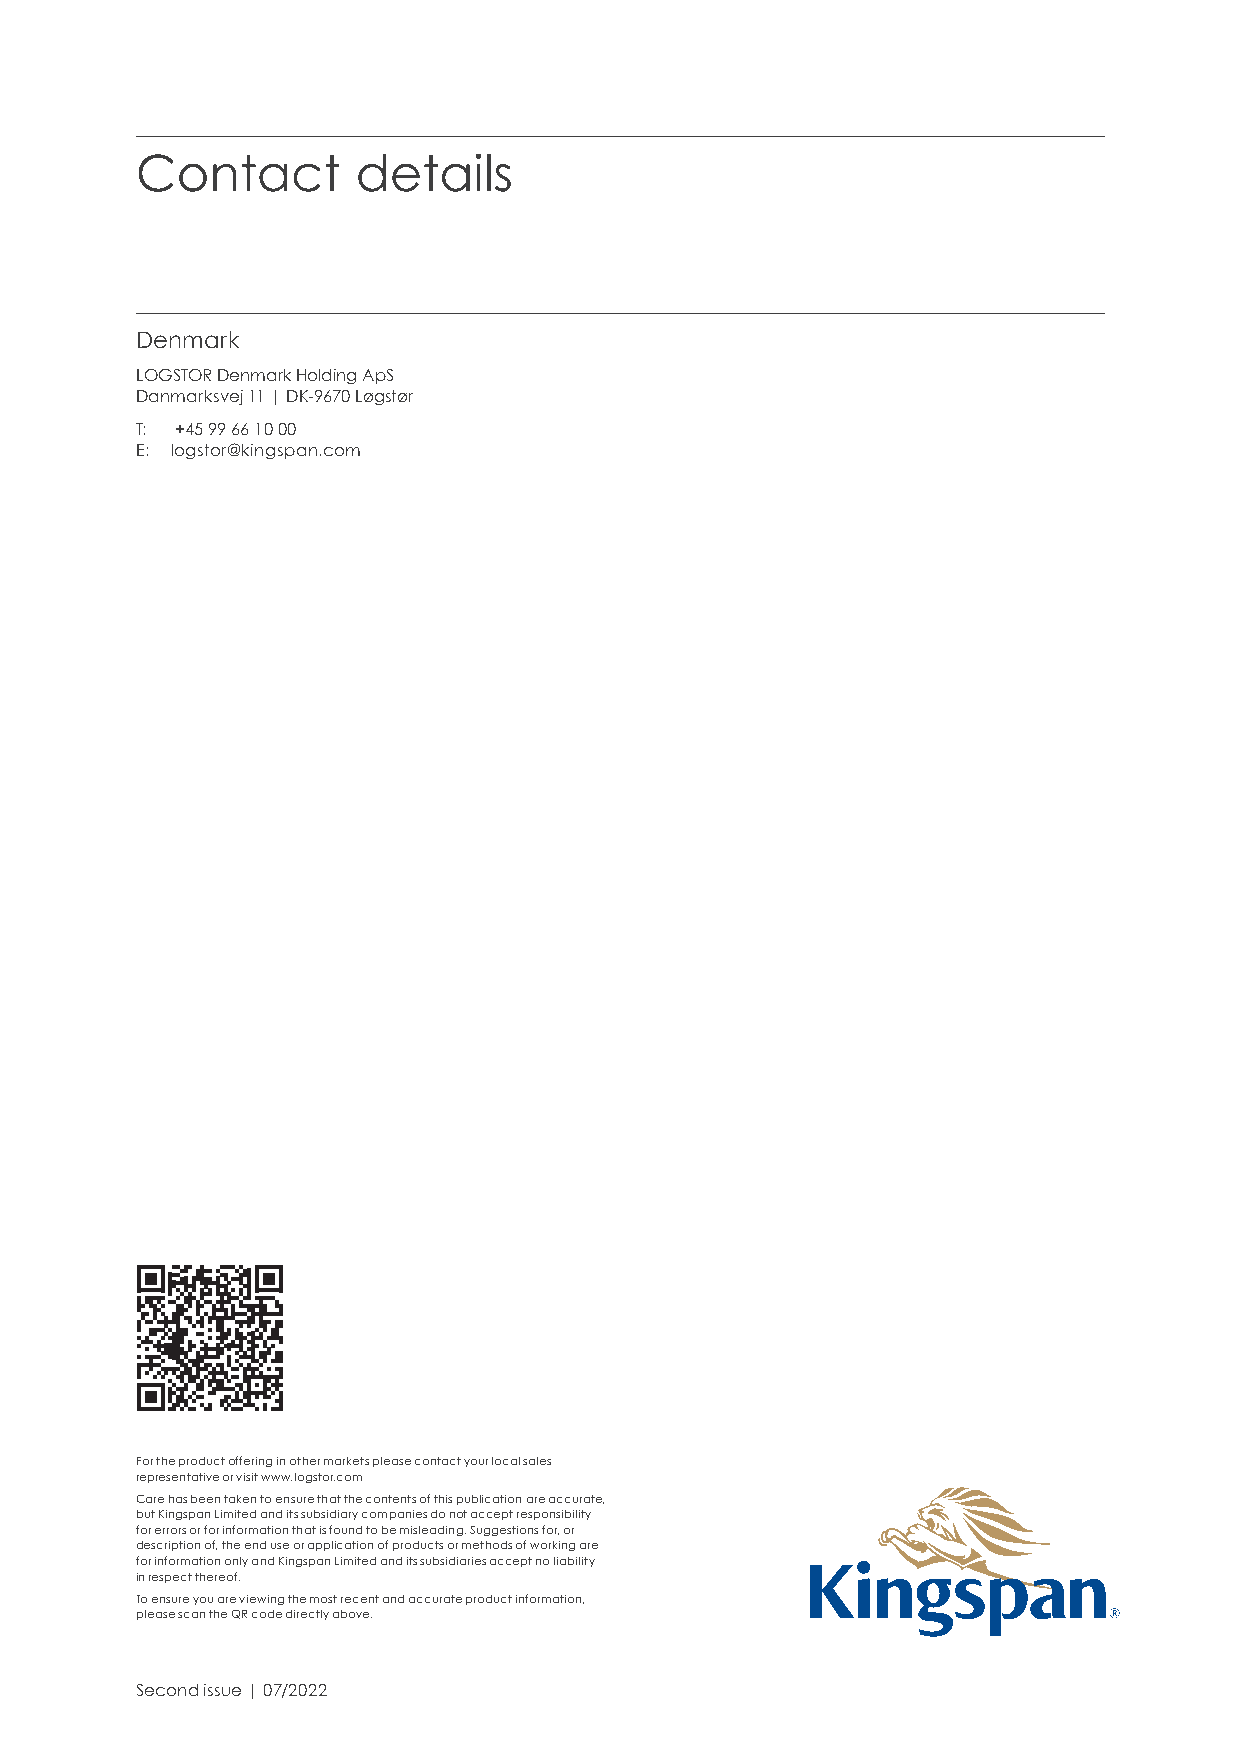
Contact        details
 Denmark
 LOGSTOR Denmark Holding ApS
 Danmarksvej 11 | DK-9670 Løgstør
 T: +45 99 66 10 00
 E: logstor@kingspan.com
 For the product offering in other markets please contact your local sales
 representative or visit www.logstor.com
 Care has been taken to ensure that the contents of this publication are accurate,
 but Kingspan Limited and its subsidiary companies do not accept responsibility
 for errors or for information that is found to be misleading. Suggestions for, or
 description of, the end use or application of products or methods of working are
 for information only and Kingspan Limited and its subsidiaries accept no liability
 in respect thereof.
 To ensure you are viewing the most recent and accurate product information,
 please scan the QR code directly above.
 Second issue | 07/2022